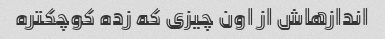
اندازهاش از اون چیزی که زده کوچکتره